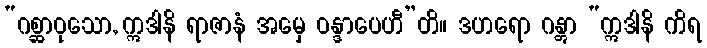
“ဂစ္ဆာဝုသော, ဣဒါနိ ရာဇာနံ အမှေ ဝန္ဒာပေဟီ”တိ။ ဒဟရော ဂန္တွာ “ဣဒါနိ ကိရ